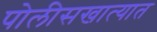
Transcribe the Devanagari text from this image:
पोलीसखात्यात